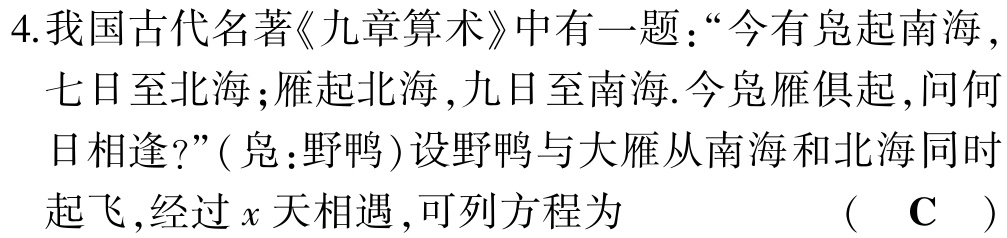
4.我国古代名著《九章算术》中有一题：“今有凫起南海，七日至北海；雁起北海，九日至南海.今凫雁俱起，问何日相逢?”(凫：野鸭)设野鸭与大雁从南海和北海同时起飞，经过$x$天相遇，可列方程为 （ C ）